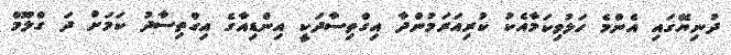
ދުނިޔޭގައި އެންމެ ހަލުވިކަމާއެކު ކުރިއަރަމުންދާ އިގްތިސާދަކީ އިންޑިއާގެ އިގްތިސާދު ކަމަށް ދަ ގްލޫމް